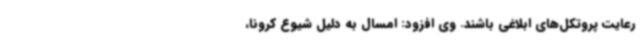
رعایت پروتکل‌های ابلاغی باشند. وی افزود: امسال به دلیل شیوع کرونا،